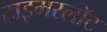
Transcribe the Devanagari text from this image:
टाइमस्लॉट